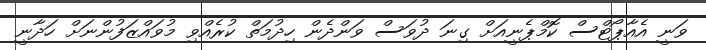
ވަނީ އެއާޕޯޓްސް ކޮމްޕެނީއަށް ގިނަ ދުވަސް ވަންދެން ހިދުމަތް ކުރެއްވި މުވައްޒަފުންނަށް ހަދާނީ